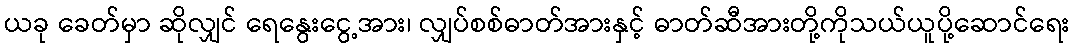
ယခု ခေတ်မှာ ဆိုလျှင် ရေနွေးငွေ့အား၊ လျှပ်စစ်ဓာတ်အားနှင့် ဓာတ်ဆီအားတို့ကိုသယ်ယူပို့ဆောင်ရေး